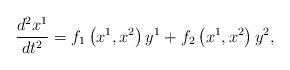
LaTeX: \begin{align*}\frac{d^{2}x^{1}}{dt^{2}}=f_{1}\left( x^{1},x^{2}\right) y^{1}+f_{2}\left(x^{1},x^{2}\right) y^{2}, \end{align*}